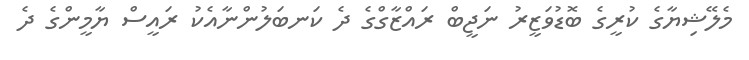
މެލޭޝިޔާގެ ކުރީގެ ބޮޑުވަޒީރު ނަޖީބް ރައްޒާގްގެ ދެ ކަނބަލުންނާއެކު ރައީސް ޔާމީންގެ ދެ